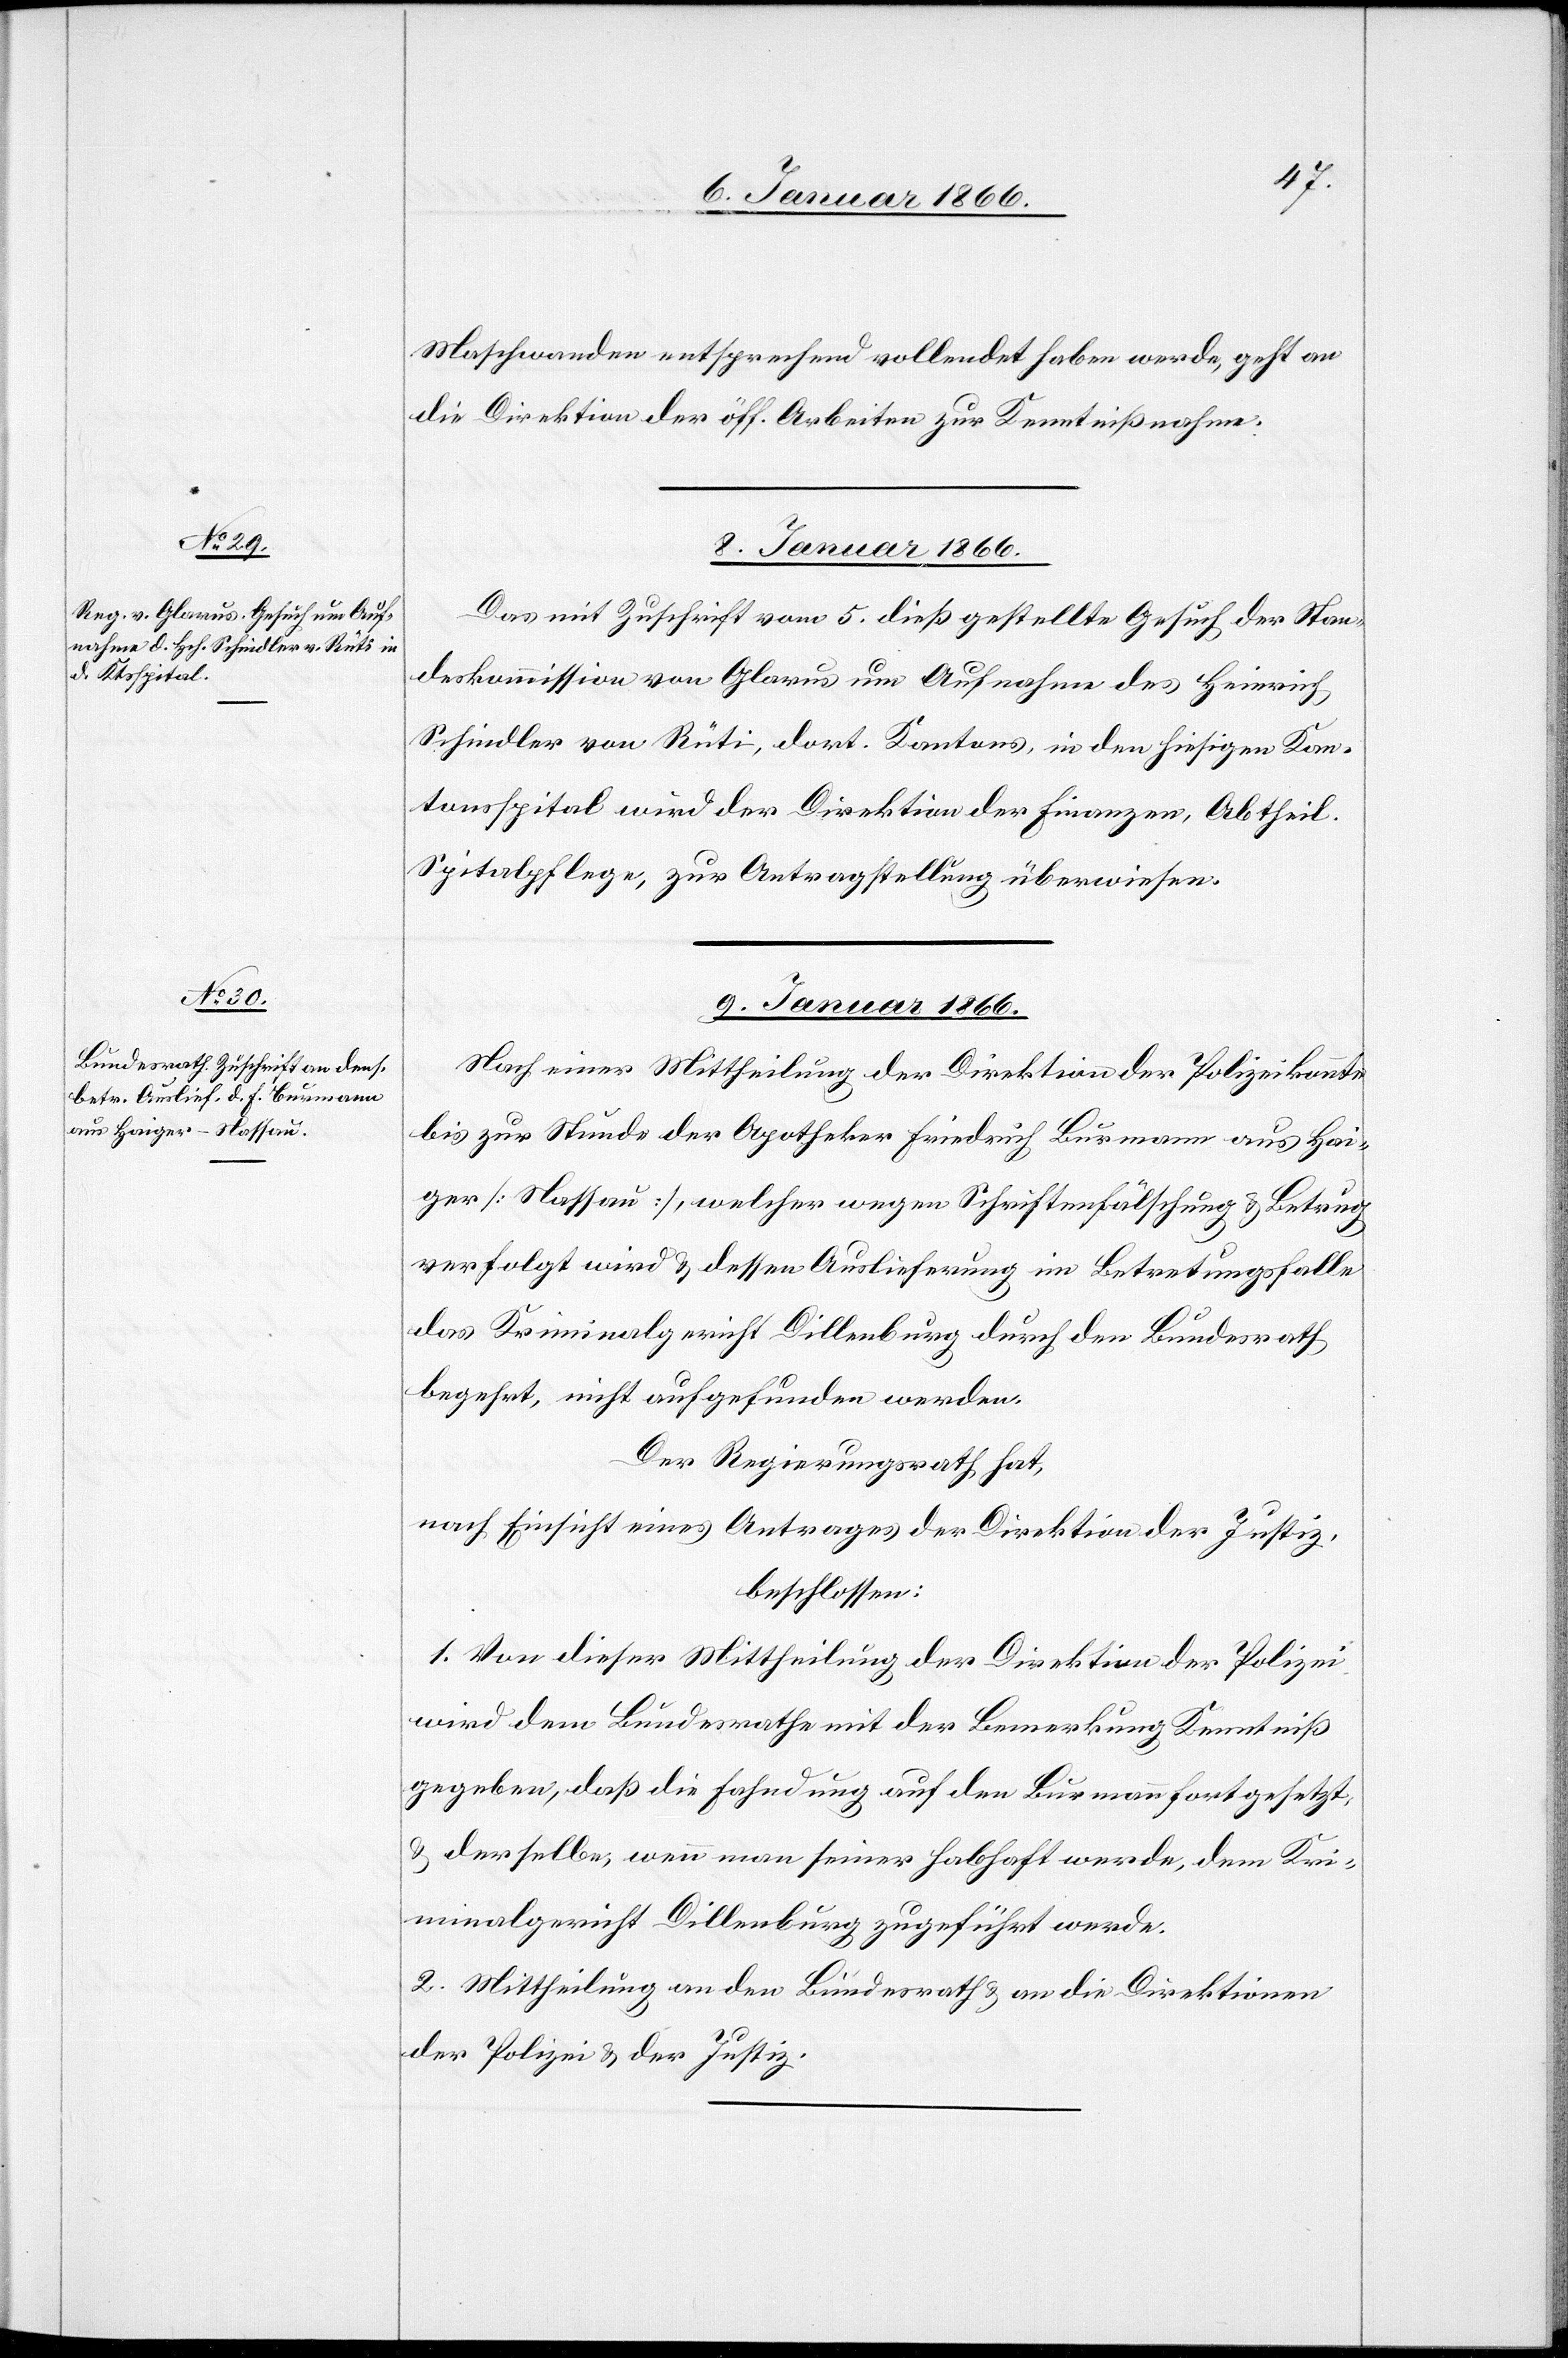
Maschwanden entsprechend vollendet haben werde, geht an
die Direktion der öff. Arbeiten zur Kenntnißnahme.
8. Januar 1866.
Das mit Zuschrift vom 5. dieß gestellte Gesuch der Stan¬
deskommission von Glarus um Aufnahme des Heinrich
Schindler von Rüti, dort. Kantons, in den hiesigen Kan¬
tonsspital wird der Direktion der Finanzen, Abtheil.
Spitalpflege, zur Antragstellung überwiesen.
9. Januar 1866.
Nach einer Mittheilung der Direktion der Polizei konnte
bis zur Stunde der Apotheker Friedrich Burmann aus Hai¬
ger [Nassau], welcher wegen Schriftenfälschung u. Betrug
verfolgt wird u. dessen Auslieferung im Betretungsfalle
das Kriminalgericht Dillenburg durch den Bundesrath
begehrt, nicht aufgefunden werden.
Der Regierungsrath hat,
nach Einsicht eines Antrages der Direktion der Justiz,
beschlossen:
1. Von dieser Mittheilung der Direktion der Polizei
wird dem Bundesrathe mit der Bemerkung Kenntniß
gegeben, daß die Fahndung auf den Burmann fortgesetzt
u. derselbe, wenn man seiner habhaft werde, dem Kri¬
minalgericht Dillenburg zugeführt werde.
2. Mittheilung an den Bundesrath u. an die Direktionen
der Polizei u. der Justiz.